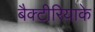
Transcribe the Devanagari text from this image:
बैक्टीरियाके